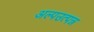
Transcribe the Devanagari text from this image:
अल्पउत्पन्न